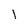
Character: 1